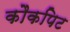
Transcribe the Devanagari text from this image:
कौकपिट